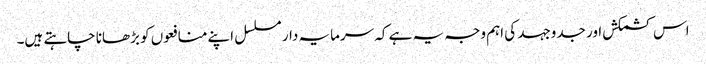
اس کشمکش اور جدوجہد کی اہم وجہ یہ ہے کہ سرمایہ دار مسلسل اپنے منافعوں کو بڑھانا چاہتے ہیں۔